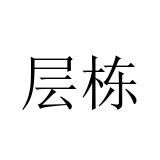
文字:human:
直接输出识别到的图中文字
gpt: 层栋